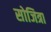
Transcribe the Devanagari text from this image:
सोजित्रा